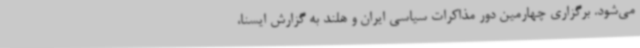
می‌شود. برگزاری چهارمین دور مذاکرات سیاسی ایران و هلند به گزارش ایسنا،